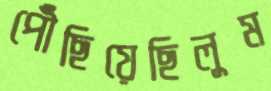
পৌঁছিয়েছিলুম